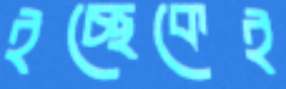
ইচ্ছেকেই